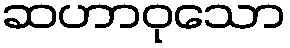
ဆဟာဝုသော